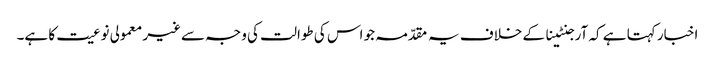
اخبار کہتا ہے کہ آرجنٹینا کے خلاف یہ مقدّمہ جو اس کی طوالت کی وجہ سےغیر معمولی نوعیت کا ہے۔